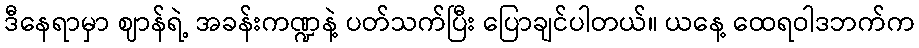
ဒီနေရာမှာ ဈာန်ရဲ့ အခန်းကဏ္ဍနဲ့ ပတ်သက်ပြီး ပြောချင်ပါတယ်။ ယနေ့ ထေရဝါဒဘက်က